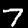
Label: 7